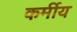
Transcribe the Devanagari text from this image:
कर्मीय